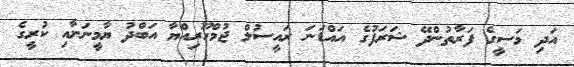
އަދި މަސީގެ ފަރާތުންދޭ ޝަރަފުގެ އައްޑަނަ ރައީސުލް ޖުމްހޫރިއްޔާ އަބްދު ޔާމީނަށާއި ކުރީގެ